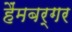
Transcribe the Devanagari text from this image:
हैंमबर्गर